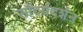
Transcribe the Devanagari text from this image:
सौंदर्यदर्शन